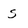
Character: s